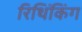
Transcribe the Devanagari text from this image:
रिथिंकिंग